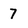
Character: 7